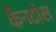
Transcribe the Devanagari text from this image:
कैनटोस